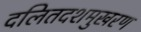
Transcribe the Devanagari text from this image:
दलितदशमुखरण